Report of the Indian Hemp Drugs Commission, 1894-1895 - Volume V
Year: 1894
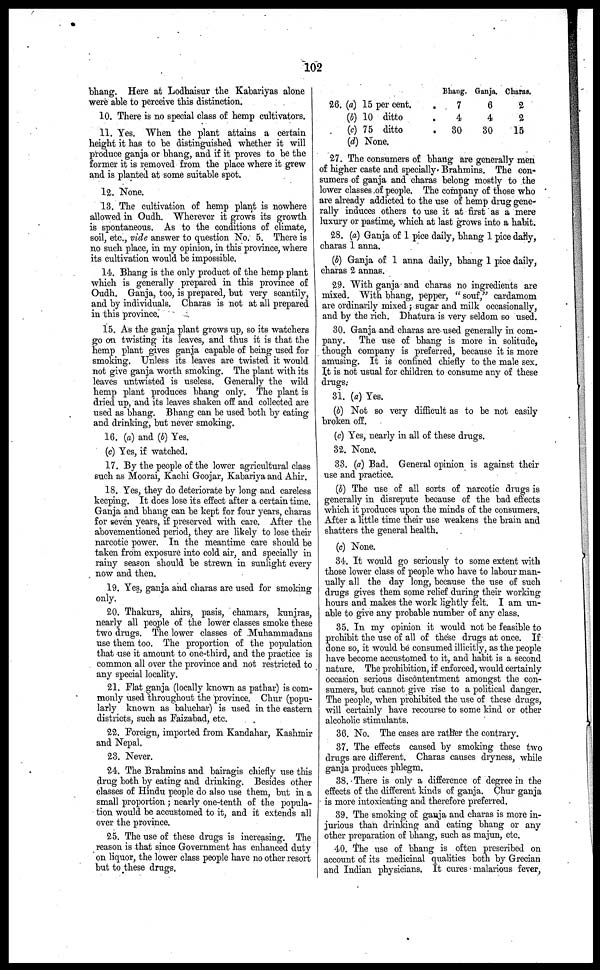
102
bhang. Here at Lodhaisur the Kabariyas alone
were able to perceive this distinction.
10. There is no special class of hemp cultivators.
11. Yes. When the plant attains a certain
height it has to be distinguished whether it will
produce ganja or bhang, and if it proves to be the
former it is removed from the place where it grew
and is planted at some suitable spot.
12. None.
13. The cultivation of hemp plant is nowhere
allowed in Oudh. Wherever it grows its growth
is spontaneous. As to the conditions of climate,
soil, etc., vide answer to question No. 5. There is
no such place, in my opinion, in this province, where
its cultivation would be impossible.
14. Bhang is the only product of the hemp plant
which is generally prepared in this province of
Oudh. Ganja, too, is prepared, but very scantily,
and by individuals. Charas is not at all prepared
in this province.
15. As the ganja plant grows up, so its watchers
go on twisting its leaves, and thus it is that the
hemp plant gives ganja capable of being used for
smoking. Unless its leaves are twisted it would
not give ganja worth smoking. The plant with its
leaves untwisted is useless. Generally the wild
hemp plant produces bhang only. The plant is
dried up, and its leaves shaken off and collected are
used as bhang. Bhang can be used both by eating
and drinking, but never smoking.
16. (a) and (b) Yes.
(c) Yes, if watched.
17. By the people of the lower agricultural class
such as Moorai, Kachi Goojar, Kabariya and Ahir.
18. Yes, they do deteriorate by long and careless
keeping. It does lose its effect after a certain time.
Ganja and bhang can be kept for four years, charas
for seven years, if preserved with care. After the
abovementioned period, they are likely to lose their
narcotic power. In the meantime care should be
taken from exposure into cold air, and specially in
rainy season should be strewn in sunlight every
now and then.
19. Yes, ganja and charas are used for smoking
only.
20. Thakurs, ahirs, pasis, chamars, kunjras,
nearly all people of the lower classes smoke these
two drugs. The lower classes of Muhammadans
use them too. The proportion of the population
that use it amount to one-third, and the practice is
common all over the province and not restricted to
any special locality.
21. Flat ganja (locally known as pathar) is com-
monly used throughout the province. Chur (popu-
larly known as baluchar) is used in the eastern
districts, such as Faizabad, etc.
22. Foreign, imported from Kandahar, Kashmir
and Nepal.
23. Never.
24. The Brahmins and bairagis chiefly use this
drug both by eating and drinking. Besides other
classes of Hindu people do also use them, but in a
small proportion ; nearly one-tenth of the popula-
tion would be accustomed to it, and it extends all
over the province.
25. The use of these drugs is increasing. The
reason is that since Government has enhanced duty
on liquor, the lower class people have no other resort
but to these drugs.
26. (a) 15 per cent.
(b) 10 ditto
(c) 75 ditto
(d) None.
.
.
.
Bhang.
7
4
30
Ganja.
6
4
30
Charas.
2
2
15
27. The consumers of bhang are generally men
of higher caste and specially. Brahmins. The con-
sumers of ganja and charas belong mostly to the
lower classes of people. The company of those who
are already addicted to the use of hemp drag gene-
rally induces others to use it at first as a mere
luxury or pastime, which at last grows into a habit.
28. (a) Ganja of 1 pice daily, bhang 1 pice darly,
charas 1 anna.
(b) Ganja of 1 anna daily, bhang 1 pice daily,
charas 2 annas.
29. With ganja and charas no ingredients are
mixed. With bhang, pepper, " souf," cardamom
are ordinarily mixed ; sugar and milk occasionally,
and by the rich. Dhatura is very seldom so used.
30. Ganja and charas are used generally in com-
pany. The use of bhang is more in solitude,
though company is preferred, because it is more
amusing. It is confined chiefly to the male sex.
It is not usual for children to consume any of these
drags.
3i. (a) Yes.
(b) Not so very difficult as to be not easily
broken off.
(c) Yes, nearly in all of these drags.
32. None.
33. (a) Bad. General opinion is against their
use and practice.
(b) The use of all sorts of narcotic drugs is
generally in disrepute because of the bad effects
which it produces upon the minds of the consumers.
After a little time their use weakens the brain and
shatters the general health.
(c) None.
34. It would go seriously to some extent with
those lower class of people who have to labour man-
ually all the day long, because the use of such
drags gives them some relief during their working
hours and makes the work lightly felt. I am un-
able to give any probable number of any class.
35. In my opinion it would not be feasible to
prohibit the use of all of these drags at once. If
done so, it would be consumed illicitly, as the people
have become accustomed to it, and habit is a second
nature. The prohibition, if enforced, would certainly
occasion serious discontentment amongst the con-
sumers, but cannot give rise to a political danger.
The people, when prohibited the use of these drugs,
will certainly have recourse to some kind or other
alcoholic stimulants.
36. No. The cases are rather the contrary.
37. The effects caused by smoking these two
drugs are different. Charas causes dryness, while
ganja produces phlegm.
38. There is only a difference of degree in the
effects of the different kinds of ganja. Chur ganja
is more intoxicating and therefore preferred.
39. The smoking of ganja and charas is more in-
jurious than drinking and eating bhang or any
other preparation of bhang, such as majun, etc.
40. The use of bhang is often prescribed on
account of its medicinal qualities both by Grecian
and Indian physicians. It cures malarious fever,